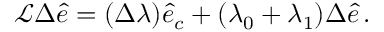
\begin{array} { r } { \mathcal { L } \Delta \hat { e } = ( \Delta \lambda ) \hat { e } _ { c } + ( \lambda _ { 0 } + \lambda _ { 1 } ) \Delta \hat { e } \, . } \end{array}